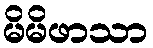
မိမိဖာသာ